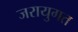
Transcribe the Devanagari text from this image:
जरायुगत